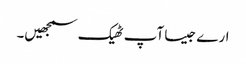
ارے جیسا آپ ٹھیک سمجھیں۔